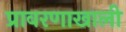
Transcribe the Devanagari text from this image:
प्रावरणाखाली